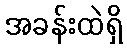
အခန်းထဲရှိ